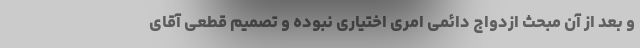
و بعد از آن مبحث ازدواج دائمی امری اختیاری نبوده و تصمیم قطعی آقای